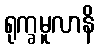
ရုက္ခမူလာနိ